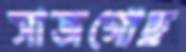
সাজগোছ